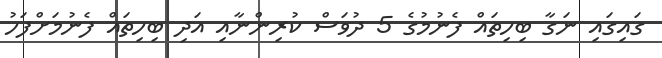
ގައިގައި ނަގާ ބިހިތައް ފެނުމުގެ 5 ދުވަސް ކުރިންނާއި އަދި ބިހިތައް ފެނުމަށްފަހު